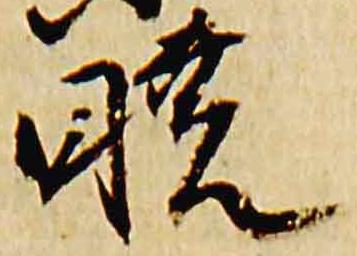
暁